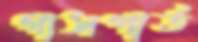
গাসপার্ত